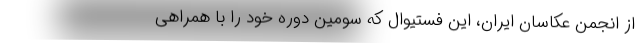
از انجمن عکاسان ایران، این فستیوال که سومین دوره خود را با همراهی